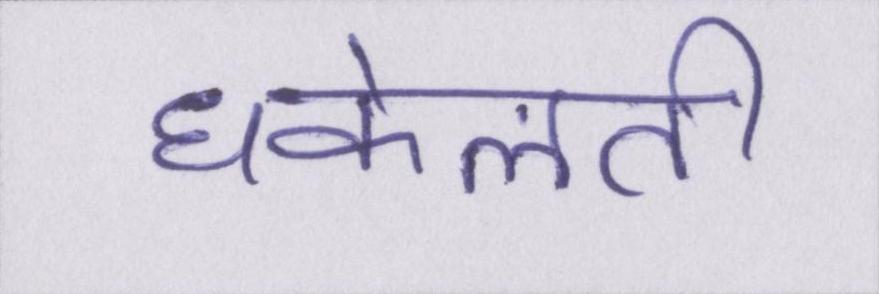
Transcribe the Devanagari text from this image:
धकेलती